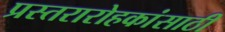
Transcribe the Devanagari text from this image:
प्रस्तरारोहकांसाठी